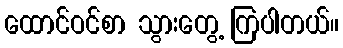
ထောင်ဝင်စာ သွားတွေ့ ကြပါတယ်။